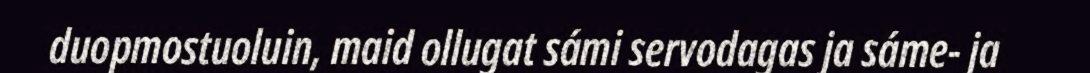
duopmostuoluin, maid ollugat sámi servodagas ja sáme- ja